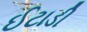
ઈટાડી